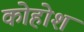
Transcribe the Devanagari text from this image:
कोहोश